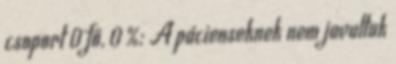
csoport 0 fő, 0 %: A pácienseknek nem javultak